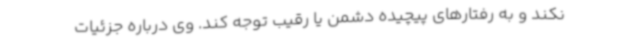
نکند و به رفتارهای پیچیده دشمن یا رقیب توجه کند. وی درباره جزئیات